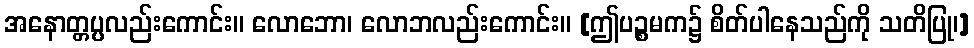
အနောတ္တပ္ပလည်းကောင်း။ လောဘော၊ လောဘလည်းကောင်း။ [ဤပဉ္စမက၌ စိတ်ပါနေသည်ကို သတိပြု၊]